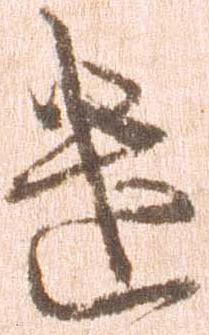
遣